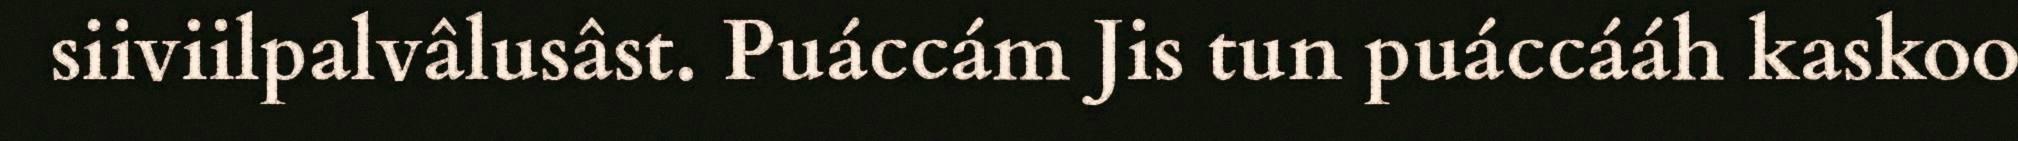
siiviilpalvâlusâst. Puáccám Jis tun puáccááh kaskoo